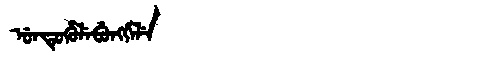
Manchu: ᡠᠨᡨᡠᡥᡠᠯᡝᠪᡠᠩᡤᡝᠯᡝ
Romanization: UNTUHULEBUNGGELE